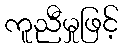
ကူညီမှုဖြင့်